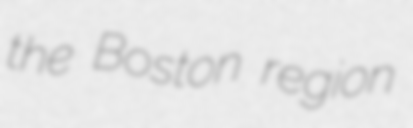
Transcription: the Boston region